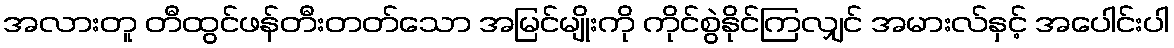
အလားတူ တီထွင်ဖန်တီးတတ်သော အမြင်မျိုးကို ကိုင်စွဲနိုင်ကြလျှင် အမားလ်နှင့် အပေါင်းပါ